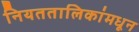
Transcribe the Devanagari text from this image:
नियततालिकांमधून